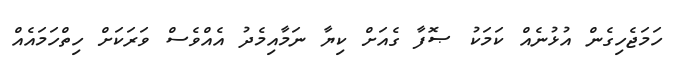
ހަމަޖެހިގެން އުޅުނެއް ކަމަކު ޞޮފާ ގެއަށް ކިޔާ ނަމާއިމެދު އެއްވެސް ވަރަކަށް ހިތްހަމައެއް